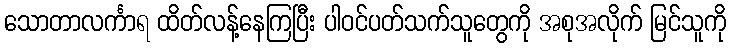
သောတာလင်္ကာရ ထိတ်လန့်နေကြပြီး ပါဝင်ပတ်သက်သူတွေကို အစုအလိုက် မြင်သူကို